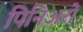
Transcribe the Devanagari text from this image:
पिनिअरो